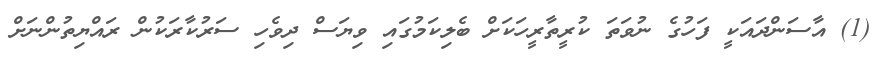
(1) އާސަންދައަކީ ފަހުގެ ނުވަތަ ކުރީތާރީހަކަށް ބެލިކަމުގައި ވިޔަސް ދިވެހި ސަރުކާރަކުން ރައްޔިތުންނަށް